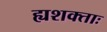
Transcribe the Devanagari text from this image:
ह्यशक्ताः